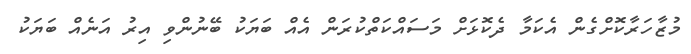
މުޒާހަރާކޮށްގެން އެކަމާ ދެކޮޅަށް މަސައްކަތްކުރަން އެއް ބަޔަކު ބޭނުންވި އިރު އަނެއް ބަޔަކު